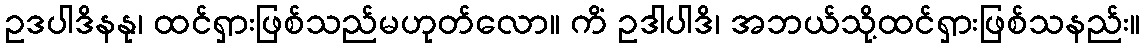
ဥဒပါဒိနနု၊ ထင်ရှားဖြစ်သည်မဟုတ်လော။ ကိံ ဥဒါပါဒိ၊ အဘယ်သို့ထင်ရှားဖြစ်သနည်း။